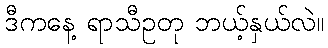
ဒီကနေ့ ရာသီဥတု ဘယ့်နှယ်လဲ။